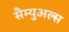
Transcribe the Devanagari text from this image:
सैम्युअल्स